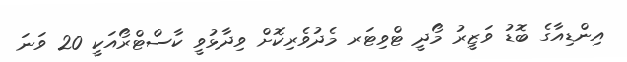
އިންޑިއާގެ ބޮޑު ވަޒީރު މޯދީ ޓްވިޓަރ މެދުވެރިކޮށް ވިދާޅުވީ ކާސްޓްރޯއަކީ 20 ވަނަ